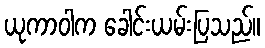
ယုကာဝါက ခေါင်းယမ်းပြသည်။